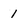
Character: 1